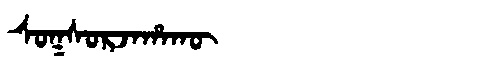
Manchu: ᠰᠣᡴᠰᠣᡵᠵᠠᡥᠠᡴᡡ
Romanization: SOKSORJAHAKŪ